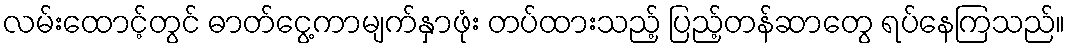
လမ်းထောင့်တွင် ဓာတ်ငွေ့ကာမျက်နှာဖုံး တပ်ထားသည့် ပြည့်တန်ဆာတွေ ရပ်နေကြသည်။